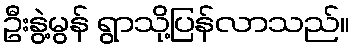
ဦးနွဲ့မွန် ရွာသို့ပြန်လာသည်။